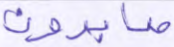
صابرون